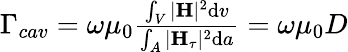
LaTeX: \begin{array}{r}{\Gamma_{cav}=\omega\mu_{0}\frac{\int_{V}|\textbf H|^{2}\mathrm{d}v}{\int_{A}|\textbf H_{\tau}|^{2}\mathrm{d}a}=\omega\mu_{0}D}\end{array}